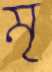
মৃ